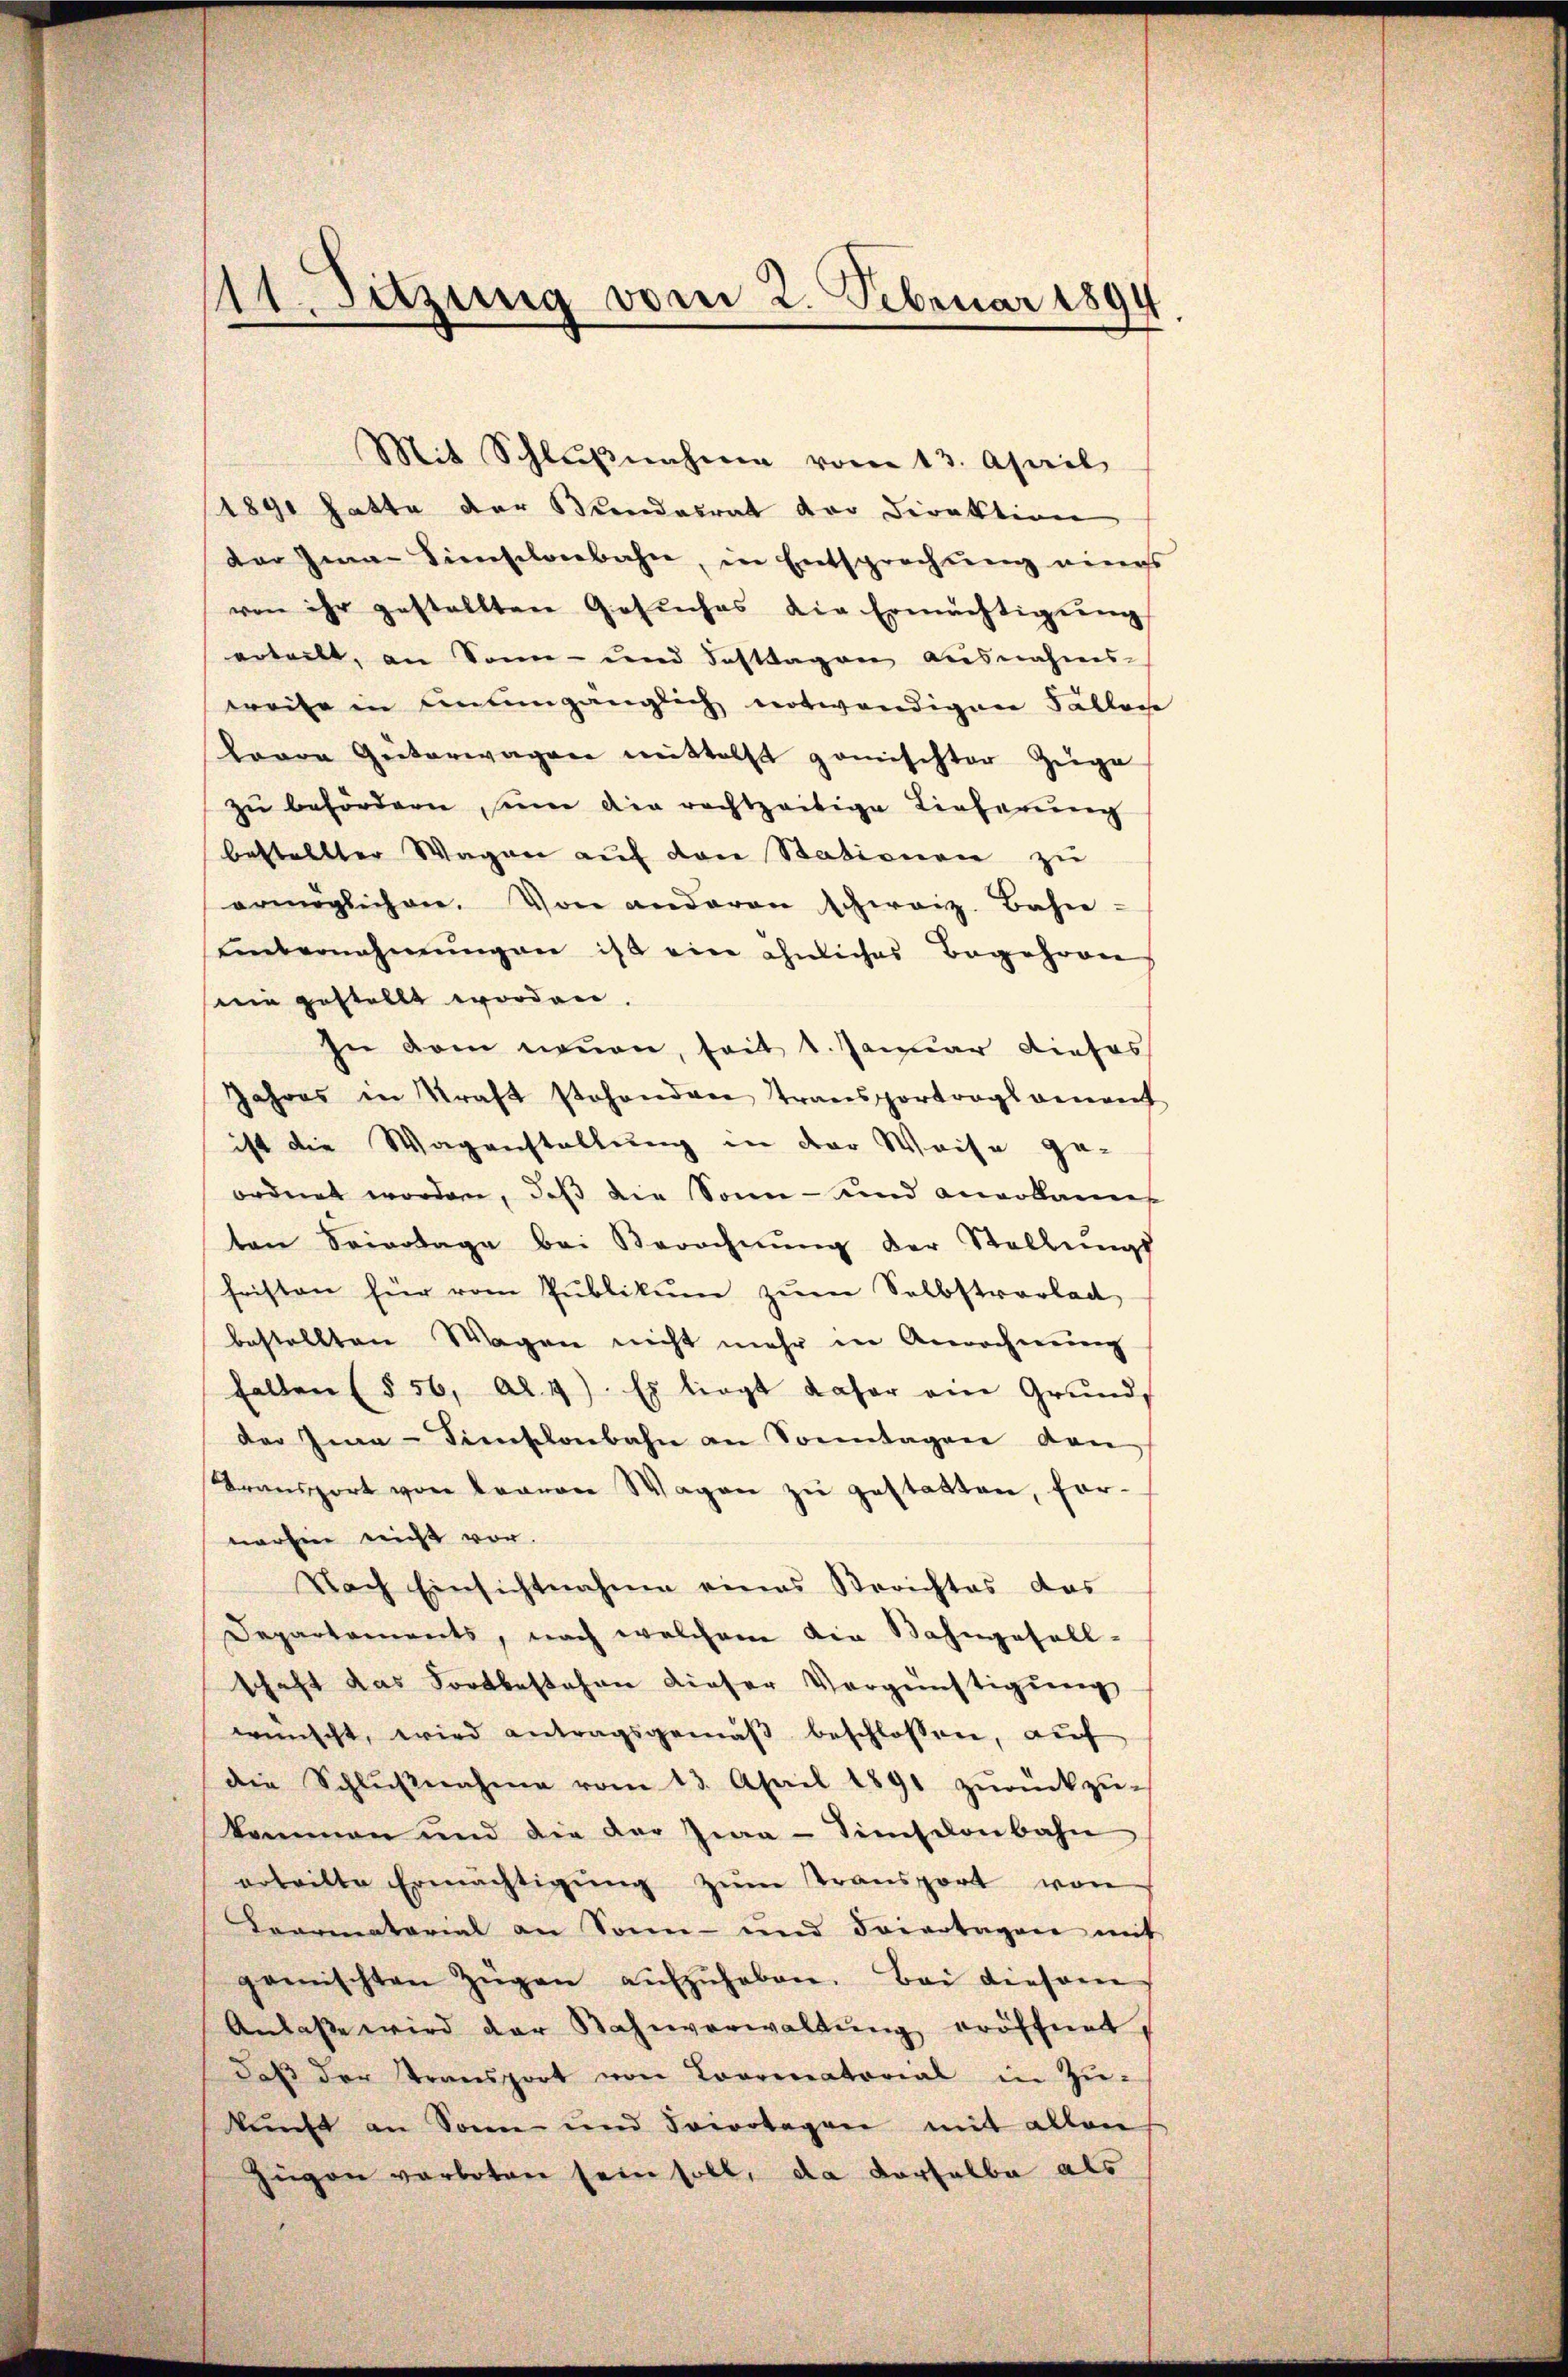
111. Suzung vom 2. Februar 1894

Mit Schlŭβnahme vom 13. April
1890 hatte der Bundesrat der Direktion
der Ima Sienischenbahn, in Entsprechung eines
von ihr gestellten Gesuches die Ermächtigŭng
erteilt, an Sonn- und Fasttagen ausnahms-
weise in unumgänglich notwendigen Fällen
Laare Güterwagen mittelst gemischter Züge
zŭ befördern seine die rechtzeitige Lieferung
bestellter Wagen aŭf den Stationen zu
ermöglichen. Von anderen schweiz. Bahn-
unternehmungen ist ein ähnliches Begehren
in gestellt worden.
In dem neuen, seit 1. Januar dieses
Jahres in Kraft stehenden Transportrags genant
ist die Wagenstellung in der Weise ge-
ordnet worden, daß die Sonn- und anerkanns
ten Seitage bei Berechnŭng der Stellŭngs
fristen für vom Publikum zum Selbstrarlad
bestellten Wagen nicht mehr in Anrechnŭng
fallen (§ 56, Al. 4). Es liegt daher ein Grund,
der Ima-Dienschenbahn an Sonntagen den
Transport von Bravon Wagen zŭ gestatten, fornerhin nicht vor.
Nach Einsichtnahme eines Berichtes das
Departements, nach welchem die Bahngefall-
schaft das Fortbestehen dieser Vergünstigung
wünscht, wird antragsgemäβ beschlossen, aŭf
die Schlŭβnahme vom 13. April 1891 zŭrückzŭ-
kommen und die der Jwa-Simselonbahn
ertritte Ermächtigŭng zŭm Transport von
Travenatorial an Sonn- und Feiertagen mit
gamischten Zügen aŭfzŭheben. Bei diesem
Anlaβe wird der Bahnverwaltŭng eröffnet,
daβ der Stransport von Looreatorial in Zŭ-
kŭnft an Sonn und Soirotagen mit allen
Zügen verboten sein soll, da derselbe als